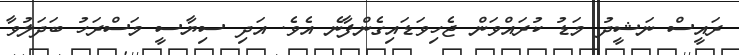
ރައީސް ނަޝީދު މަޑު ކުރައްވަން ޖެހިވަޑައިގެންފާނެ އެވެ. އަދި ސިޔާސީ މަސްރަހު ބަދަލުވާ